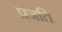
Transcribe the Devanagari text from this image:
प्रजति